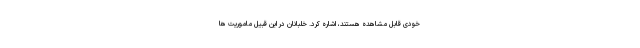
خودی قابل مشاهده هستند، اشاره کرد. خلبانان در این قبیل ماموریت ها